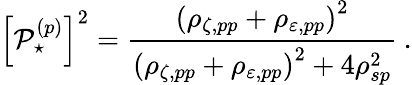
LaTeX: \left[\mathop{\mathcal{P}_{\star}^{(p)}}\right]^{2}=\frac{\left(\rho_{\zeta,pp}+\rho_{\varepsilon,pp}\right)^{2}}{\left(\rho_{\zeta,pp}+\rho_{\varepsilon,pp}\right)^{2}+4\rho_{sp}^{2}}\: .